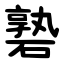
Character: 䃞